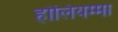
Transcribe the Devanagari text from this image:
होलियम्मा